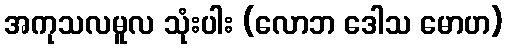
အကုသလမူလ သုံးပါး (လောဘ ဒေါသ မောဟ)